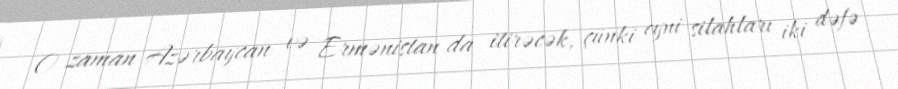
O zaman Azərbaycan və Ermənistan da itirəcək, çünki eyni silahları iki dəfə